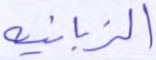
الزبانية